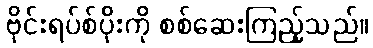
ဗိုင်းရပ်စ်ပိုးကို စစ်ဆေးကြည့်သည်။